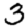
Digit: 3